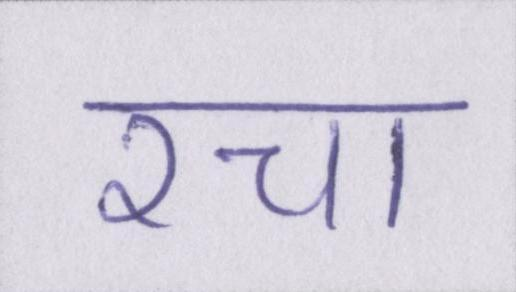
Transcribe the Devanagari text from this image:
रचा